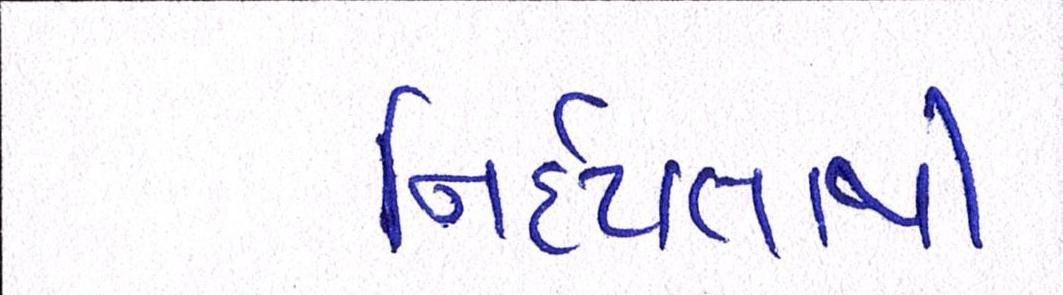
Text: નિર્દયતાથી